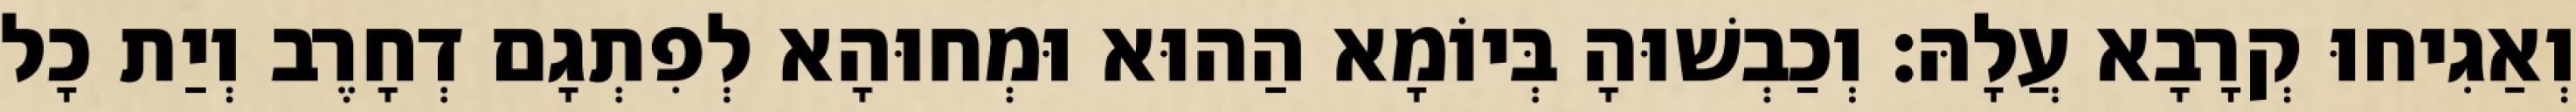
וְאַגִיחוּ קְרָבָא עֲלָהּ׃ וְכַבְשׁוּהָ בְּיוֹמָא הַהוּא וּמְחוּהָא לְפִתְגָם דְחָרֶב וְיַת כָל